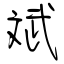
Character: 斌